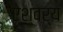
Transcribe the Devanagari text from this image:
ऐश्वर्य